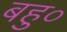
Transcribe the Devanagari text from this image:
बहु०